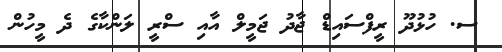
ސ. ހުޅުދޫ ރީފްސައިޑް ޖާދު ޖަމީލް އާއި ސްރީ ލަންކާގެ ދެ މީހުން